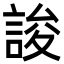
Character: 誜